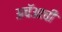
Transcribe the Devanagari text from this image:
अचॅआची